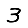
Digit: 3